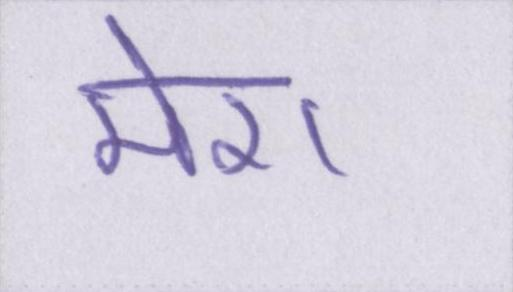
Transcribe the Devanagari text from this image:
मेरा